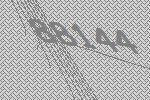
88144